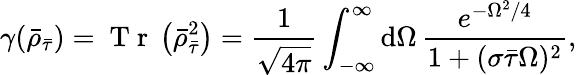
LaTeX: \gamma(\bar{\rho}_{\bar{\tau}})=\mathrm{~T~r~}\left(\bar{\rho}_{\bar{\tau}}^{2}\right)=\frac{1}{\sqrt{4\pi}}\int_{-\infty}^{\infty}\mathrm{d}\Omega\, \frac{e^{-\Omega^{2}/4}}{1+(\sigma\bar{\tau}\Omega)^{2}},